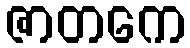
ဇာတကေ